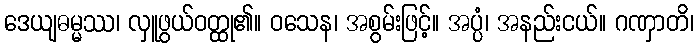
ဒေယျဓမ္မဿ၊ လှူဖွယ်ဝတ္ထု၏။ ဝသေန၊ အစွမ်းဖြင့်။ အပ္ပံ၊ အနည်းငယ်။ ဂဏှာတိ၊